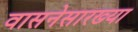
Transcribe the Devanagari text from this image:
वासनेसारख्या